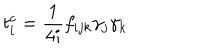
t _ { i } ^ { c } = \frac { 1 } { 4 i } f _ { i j k } \gamma _ { j } \gamma _ { k }